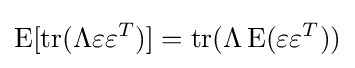
\operatorname {E} [\operatorname {tr} (\Lambda \varepsilon \varepsilon ^{T})]=\operatorname {tr} (\Lambda \operatorname {E} (\varepsilon \varepsilon ^{T}))